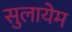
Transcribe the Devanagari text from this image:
सुलायेम